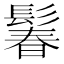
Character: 鬊